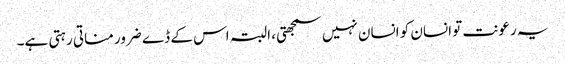
یہ رعونت تو انسان کو انسان نہیں سمجھتی، البتہ اس کے ڈے ضرور مناتی رہتی ہے۔